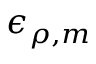
\epsilon _ { \rho , m }